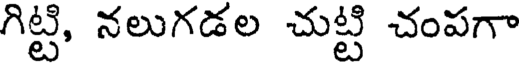
గిట్టి, నలుగడల చుట్టి చంపగా